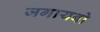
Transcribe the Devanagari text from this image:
जगायबो